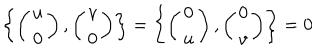
\left\{ \left( \begin{array} { c } { { u } } \\ { { 0 } } \\ \end{array} \right) , \left( \begin{array} { c } { { v } } \\ { { 0 } } \\ \end{array} \right) \right\} = \left\{ \left( \begin{array} { c } { { 0 } } \\ { { u } } \\ \end{array} \right) , \left( \begin{array} { c } { { 0 } } \\ { { v } } \\ \end{array} \right) \right\} = 0